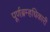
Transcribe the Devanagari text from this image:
पूर्णब्रम्हधिकारी